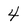
Character: 4